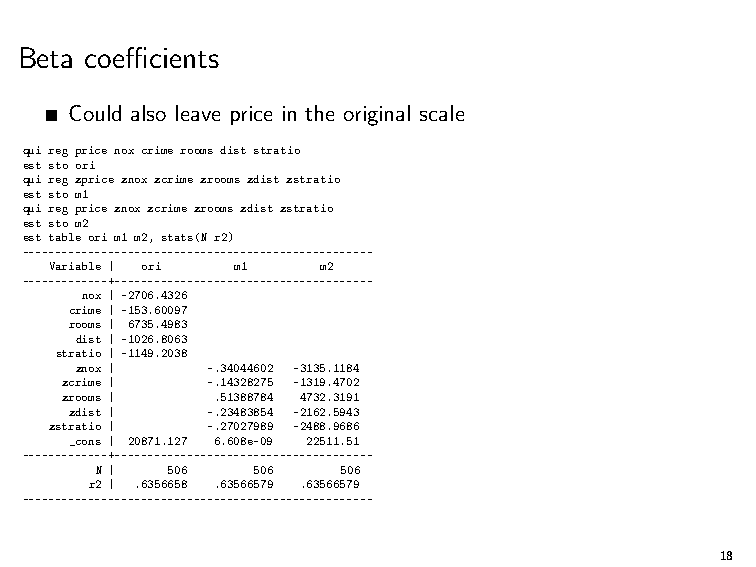
Beta coefficients
 Could also leave price in the original scale
 qui reg price nox crime rooms dist stratio
 est sto ori
 qui reg zprice znox zcrime zrooms zdist zstratio
 est sto m1
 qui reg price znox zcrime zrooms zdist zstratio
 est sto m2
 est table ori m1 m2, stats(N r2)
 -----------------------------------------------------
 Variable | ori m1 m2
 -------------+---------------------------------------
 nox | -2706.4326
 crime | -153.60097
 rooms | 6735.4983
 dist | -1026.8063
 stratio | -1149.2038
 znox |   -.34044602 -3135.1184
 zcrime |  -.14328275 -1319.4702
 zrooms |  .51388784 4732.3191
 zdist |  -.23483854 -2162.5943
 zstratio | -.27027989 -2488.9686
 _cons | 20871.127 6.608e-09 22511.51
 -------------+---------------------------------------
 N |  506   506   506
 r2 | .6356658 .63566579 .63566579
 -----------------------------------------------------
 18